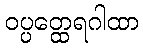
ဝပ္ပတ္ထေရဂါထာ